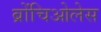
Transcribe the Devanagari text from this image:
ब्रोंचिओलेस